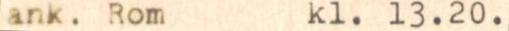
ank. Rom kl. 13.20.